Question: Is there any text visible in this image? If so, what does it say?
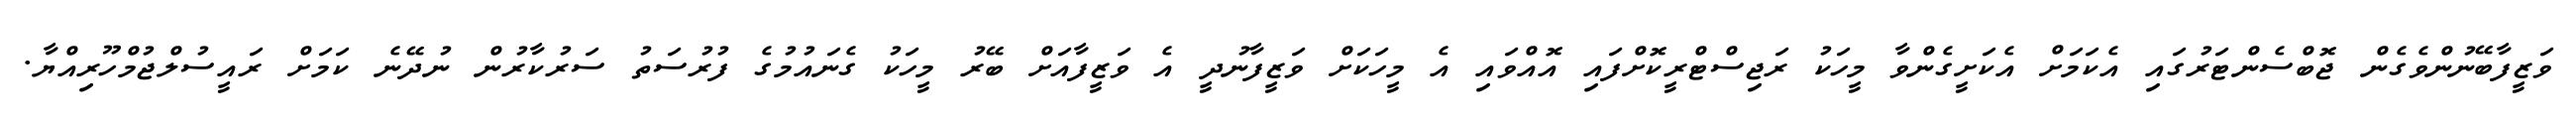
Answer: ވަޒީފާބޭނުންވެގެން ޖޮބްސެންޓަރުގައި އެކަމަށް އެކަށީގެންވާ މީހަކު ރަޖިސްޓްރީކޮށްފައި އޮއްވައި އެ މީހަކަށް ވަޒީފާނުދީ އެ ވަޒީފާއަށް ބޭރު މީހަކު ގެނައުމުގެ ފުރުސަތު ސަރުކާރުން ނުދޭނެ ކަމަށް ރައީސުލްޖުމްހޫރިއްޔާ.